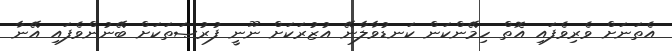
އެތަނަށް ވެރިވެފައި އޮތް ހިމޭންކަން ކަނޑުވާލާނޭ އުޒުރަކަށް ނޫނީ ފުރުޞަތަކަށް ބޭނުންވެފައި އޭނާ